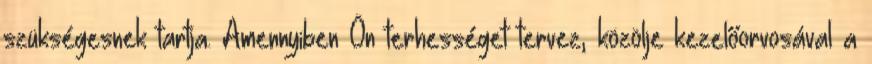
szükségesnek tartja. Amennyiben Ön terhességet tervez, közölje kezelőorvosával a